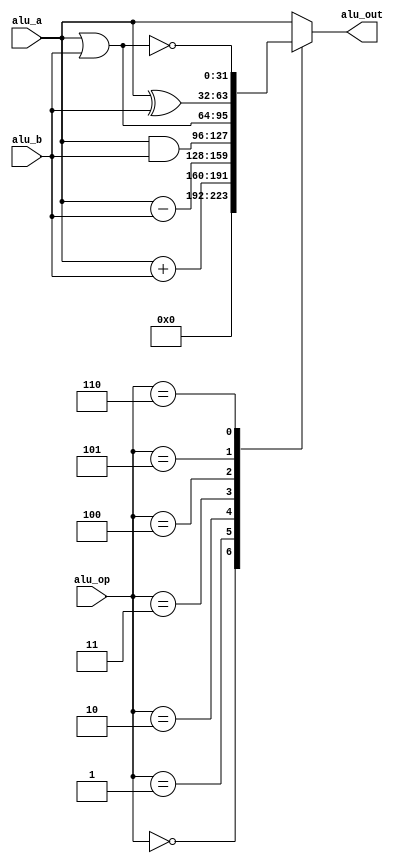
`timescale 1ns / 1ps

module alu(
    input signed [31:0] alu_a,
    input signed [31:0] alu_b,
    input        [4:0]  alu_op,
    output reg signed [31:0] alu_out
);

parameter A_NOP = 5'h00;  //
parameter	A_ADD = 5'h01;	//
parameter	A_SUB = 5'h02;	//
parameter	A_AND = 5'h03;	//
parameter	A_OR = 5'h04;	//
parameter	A_XOR = 5'h05;	//
parameter	A_NOR = 5'h06;	//

always@(*) begin
  case (alu_op)
    A_NOP: alu_out = 32'h0;
    A_ADD: alu_out = alu_a + alu_b;
    A_SUB: alu_out = alu_a - alu_b;
    A_AND: alu_out = alu_a & alu_b;
    A_OR: alu_out = alu_a | alu_b;
    A_XOR: alu_out = alu_a ^ alu_b;
    A_NOR: alu_out = ~(alu_a | alu_b);
    default: alu_out = alu_a;
  endcase
end

endmodule